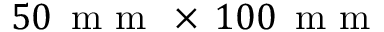
5 0 \, \mathrm { ~ m ~ m ~ } \, \times \, 1 0 0 \, \mathrm { ~ m ~ m ~ }